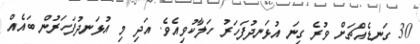
30 ގަނޑެއްޗަށް ވުރެ ގިނަ އުޅަނދުފަހަރު ހަލާކުވިއެވެ. އަދި މި އުޅަނދުފަހަރުން ބައެއް